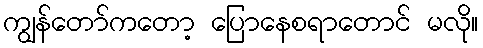
ကျွန်တော်ကတော့ ပြောနေစရာတောင် မလို။